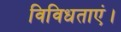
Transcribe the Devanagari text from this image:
विविधताएं।